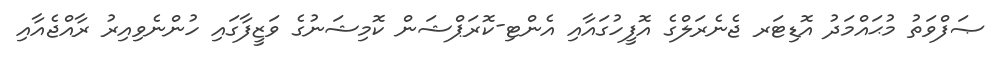
ޞަފްވަތު މުޙައްމަދު އޮޑިޓަރ ޖެނެރަލްގެ އޮފީހުގައާއި އެންޓި-ކޮރަޕްޝަން ކޮމިޝަނުގެ ވަޒީފާގައި ހުންނެވިއިރު ރާއްޖެއާއި